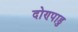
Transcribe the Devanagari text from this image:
दोण्पाडु